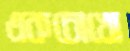
একচোখো